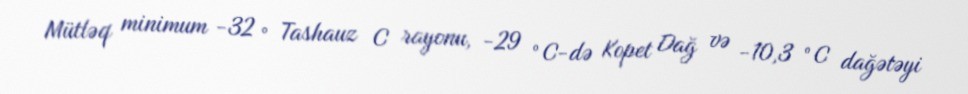
Mütləq minimum -32 ° Tashauz C rayonu, -29 °C-də Kopet Dağ və -10,3 °C dağətəyi